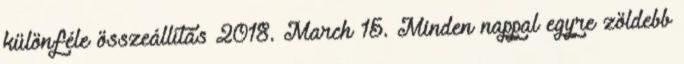
különféle összeállítás 2018. March 15. Minden nappal egyre zöldebb